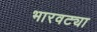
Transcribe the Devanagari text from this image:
भारवट्या